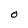
Character: O